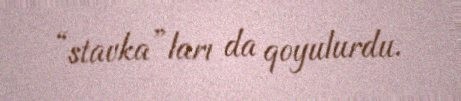
“stavka”ları da qoyulurdu.